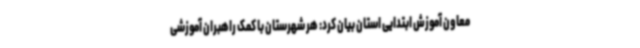
معاون آموزش ابتدایی استان بیان کرد: هر شهرستان با کمک راهبران آموزشی